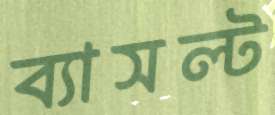
ব্যাসল্ট